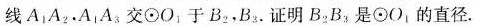
直线A_{1}，A_{2}，A_{1}A_{3}交⊙O1于B_{2}，B_{3}.证明B{2}B_{3}是⊙O_{1}的直径.